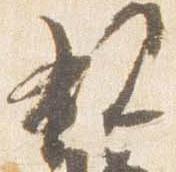
親